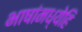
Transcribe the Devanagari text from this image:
भाषांमध्येहि